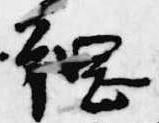
綱